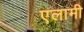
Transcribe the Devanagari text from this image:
एलामी